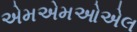
એમએમઓએલ